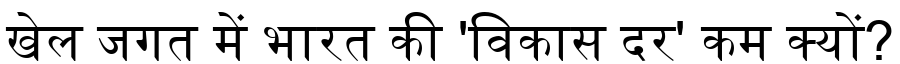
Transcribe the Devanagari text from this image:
खेल जगत में भारत की 'विकास दर' कम क्यों?